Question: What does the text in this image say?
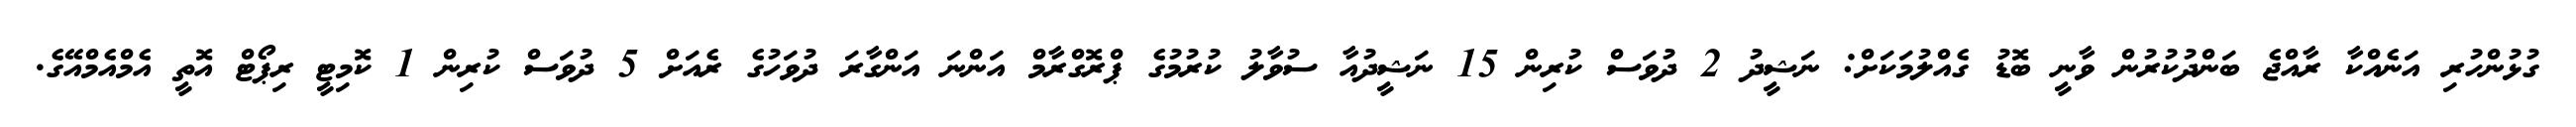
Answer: ގުޅުންހުރި އަނެއްކާ ރާއްޖެ ބަންދުކުރުން ވާނީ ބޮޑު ގެއްލުމަކަށް: ނަޝީދު 2 ދުވަސް ކުރިން 15 ނަޝީދުއާ ސުވާލު ކުރުމުގެ ޕްރޮގްރާމް އަންނަ އަންގާރަ ދުވަހުގެ ރެއަށް 5 ދުވަސް ކުރިން 1 ކޮމިޓީ ރިޕޯޓް އޮތީ އެމްއެމްއޭގެ.